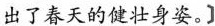
出了春天的健壮身姿。]